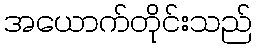
အယောက်တိုင်းသည်